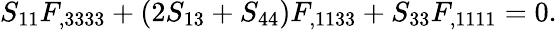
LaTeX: S_{11}F_{,3333}+(2S_{13}+S_{44})F_{,1133}+S_{33}F_{,1111}=0.